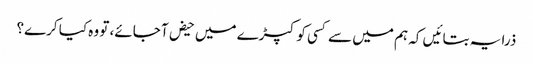
ذرا یہ بتا‎ئیں کہ ہم میں سے کسی کو کپڑے میں حیض آ جائے، تو وہ کیا کرے؟